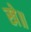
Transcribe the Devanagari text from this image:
खे॥